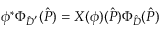
\phi ^ { * } \Phi _ { \hat { D } ^ { ' } } ( \hat { P } ) = X ( \phi ) ( \hat { P } ) \Phi _ { \hat { D } } ( \hat { P } )